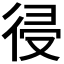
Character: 𢔀